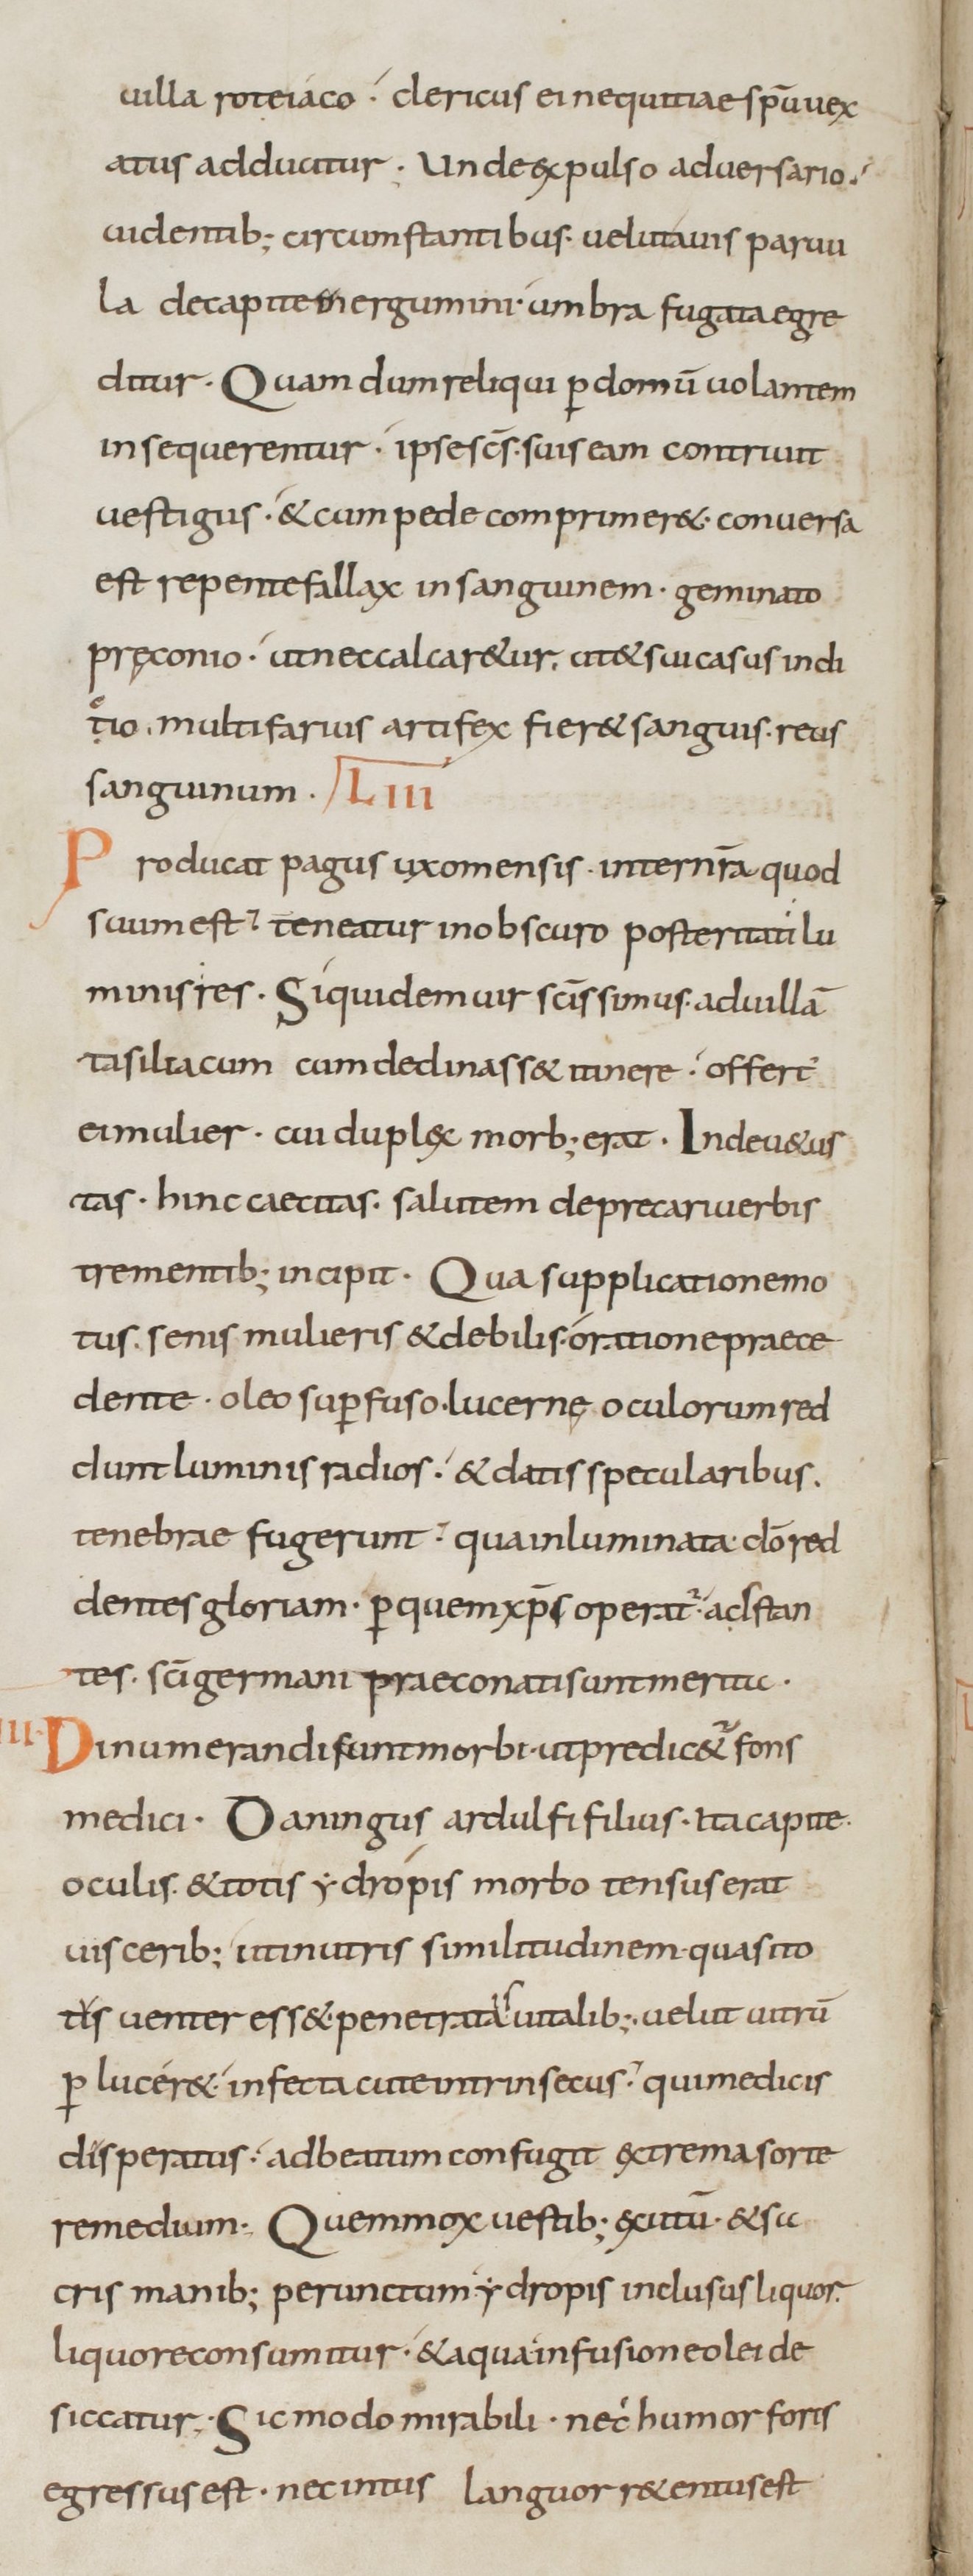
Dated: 800–899